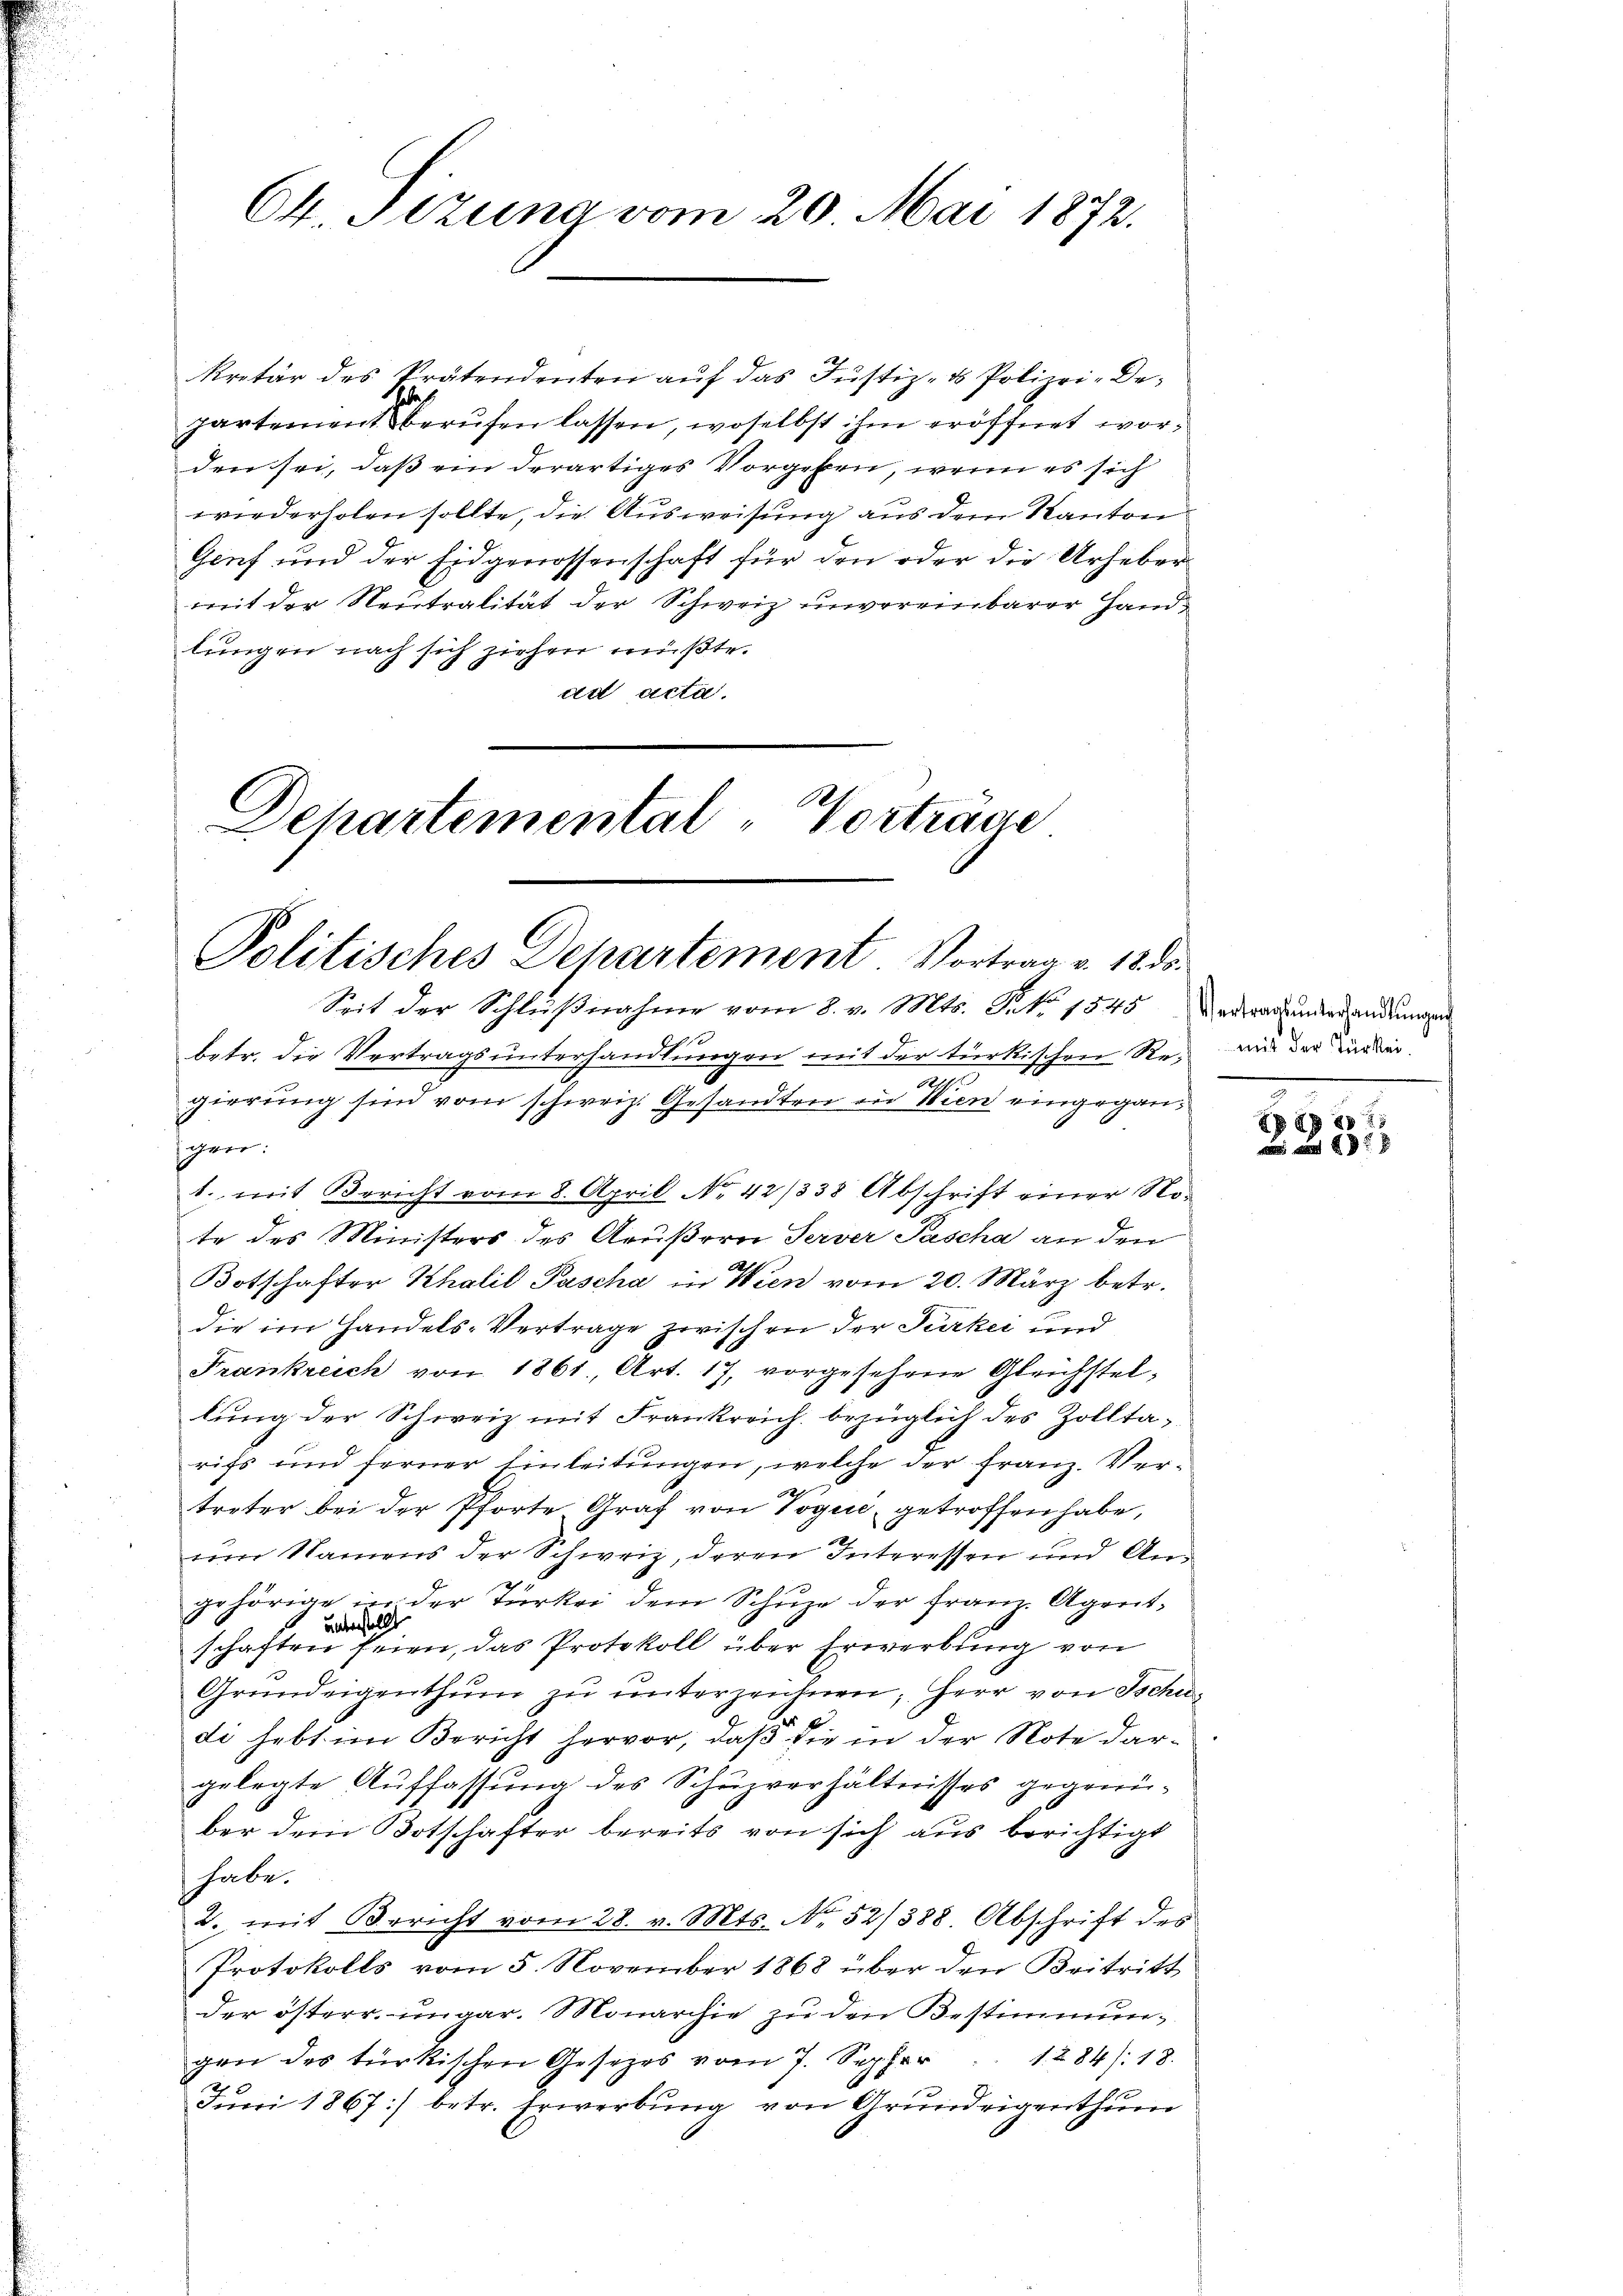
64. Sizung vom 20. Mai 1872.

kretär des Prätendenten auf das Justiz- & Polizei-Departement berŭfen lassen, woselbst ihm eröffnet worden sei, dass ein derartiges Vorgeben, wenn es sich
wiederholen sollte, die Ausweisung aus dem Kanton
Genf und der Eidgenossenschaft für den oder die Urhebermit der Neutralität der Schweiz unvereinbarer Handlungen nach sich ziehen müßte.
ad acta.
Schartemental-Vorträge

Politisches Departement. Vortrag v. 12 ds.

Seit der Schlŭβnahme vom 8. v. Mts. Frk. 1845 Maderar anders anderungen
210
betr. die Vertrags unterhandlungen mit der türkischen Re¬
2
1
gierung sind vom schweiz. Gesandten zu Wien eingegan¬
.
gen:
1. mit Bericht vom 8. April No 42/338 Abschrift einer Note des Ministers des Aeußern Server Pascha an den
Botschafter Khalil Pascha in Wien vom 20. März betr.
die im Handels-Vertrage zwischen der Türkei und
Frankreich von 1861, Art. 17, vorgesehene Gleichstellŭng der Schweiz mit Frankreich bezüglich des Zolltarics und ferner Einleitungen, welche der Franz. Ver¬
22
treter bei der Pforte Graf von Voguć, getroffen habe,
uum Namens der Schweiz, deren Interessen und Angehörige in der Türkei dem Schuze der Franz. Agent-
unterstellt
schaften seien, das Protokoll über Erwerbung von
Grŭndeigenthŭm zŭ ŭnterzeichnen; Herr von Tschudi hebt im Bericht hervor, daß die in der Note dargelegte Auffassung des Schuzverhältnisses gegenüber dem Botschafter bereits von sich aus berichtigt
habe.
2. mit Bericht vom 28. v. Mts. No. 52/388. Abschrift des
Protokolls vom 5. November 1868 über den Beitritt
der österr. ungar. Monarchie zu den Bestimmungen des türkischen Gesetzes vom 7. Sepher " " 1284): 18.
x
Juni 1867 :/ betr. Erwerbung von Grundrigenthum

mit der Türkei.

87